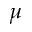
\mu